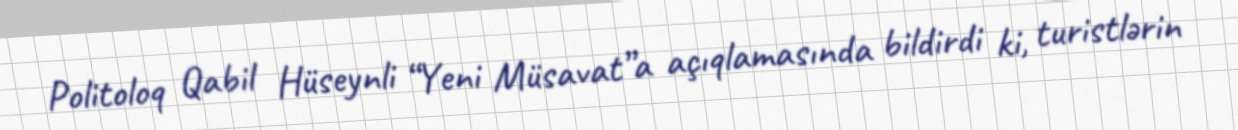
Politoloq Qabil Hüseynli “Yeni Müsavat”a açıqlamasında bildirdi ki, turistlərin